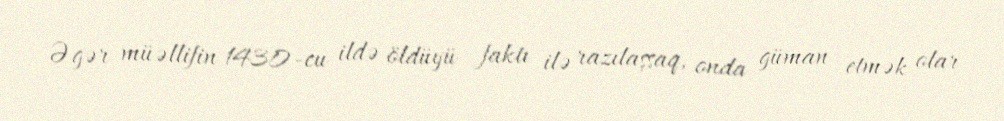
Əgər müəllifin 1430-cu ildə öldüyü faktı ilə razılaşsaq, onda güman etmək olar